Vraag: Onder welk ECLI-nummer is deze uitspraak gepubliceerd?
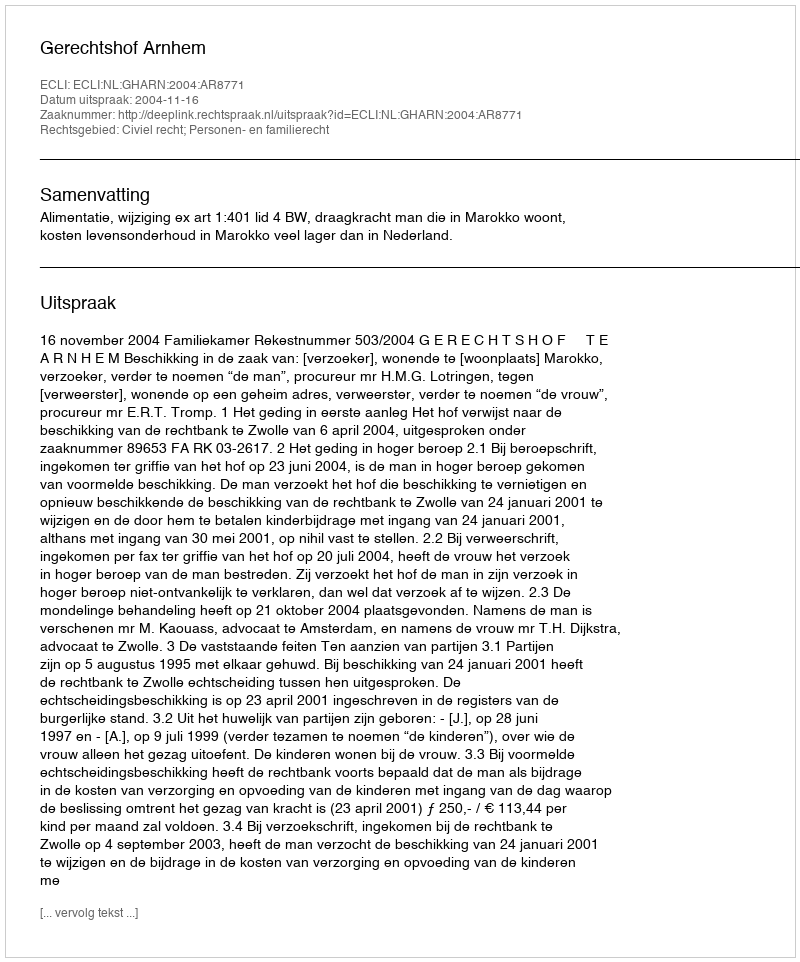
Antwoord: ECLI:NL:GHARN:2004:AR8771